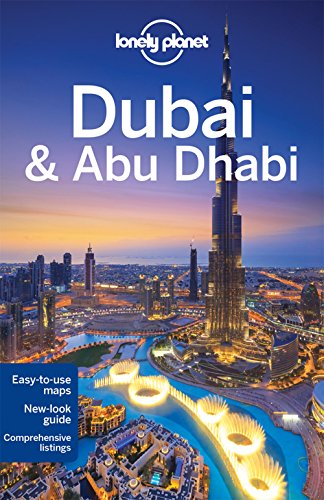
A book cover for Lonely Planet Dubai & Abu Dhabi (Travel Guide); Lonely Planet; Travel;